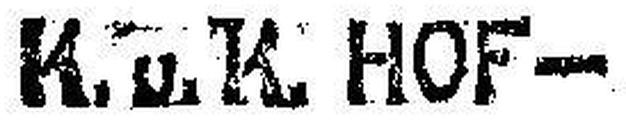
K. u. K. HOF—